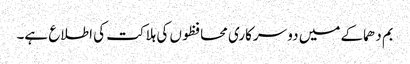
بم دھماکے میں دو سرکاری محافظوں کی ہلاکت کی اطلاع ہے۔